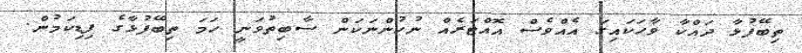
ތިބޭފުޅާ ދައްކާ ވާހަކައިގަ އެއްވެސް އޮއްޓަރެއް ނުހުންނަކަން ސާބިތުވަނީ ހަމަ ތިބޭފުޅާގެ ފިޑިކަމުން.